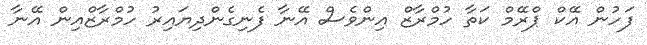
ފަހުން އޭކް ޕްރޭމް ކަތާ ހުމްރާޒް އިންވެސް އޭނާ ފެނިގެންދިޔައިރު ހުމްރާޒްއިން އޭނާ